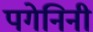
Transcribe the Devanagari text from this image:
पगेनिनी